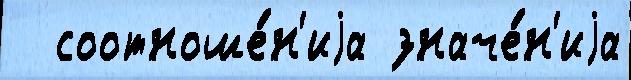
  соотноше́н'иjа значе́н'иjа